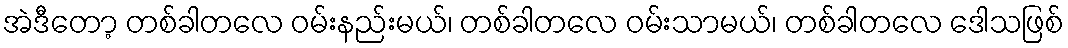
အဲဒီတော့ တစ်ခါတလေ ဝမ်းနည်းမယ်၊ တစ်ခါတလေ ဝမ်းသာမယ်၊ တစ်ခါတလေ ဒေါသဖြစ်